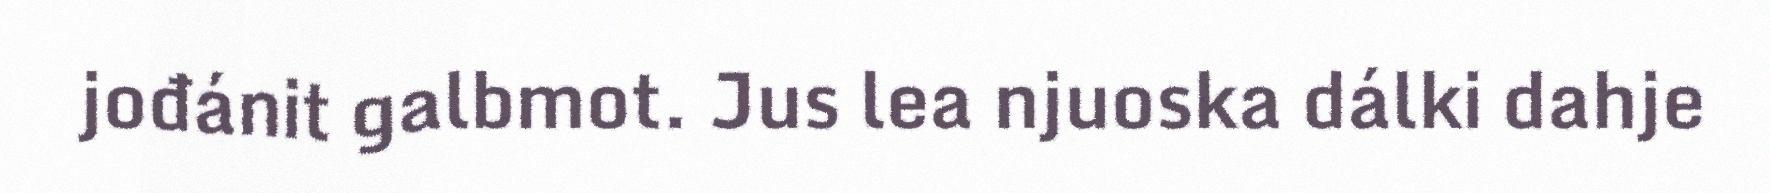
jođánit galbmot. Jus lea njuoska dálki dahje